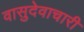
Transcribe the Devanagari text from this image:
वासुदेवाचारी